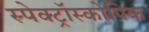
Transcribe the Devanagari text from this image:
स्पेक्ट्रॉस्कोपिक